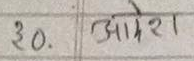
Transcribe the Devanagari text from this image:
३०. आदेश